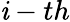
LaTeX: \mathit{i}-th